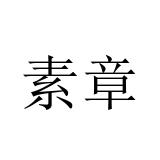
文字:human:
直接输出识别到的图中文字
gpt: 素章